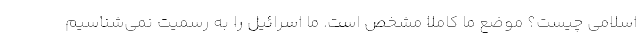
اسلامی چیست؟ موضع ما کاملا مشخص است. ما اسرائیل را به رسمیت نمی‌شناسیم